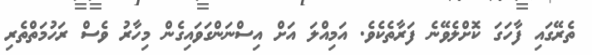
ތެރޭގައި ފާހަގަ ކޮށްލެވޭނެ ފަރާތެކެވެ. އަމިއްލަ އަށް އިސްނަންގަވައިގެން މިހާރު ވެސް ރަހުމަތްތެރި